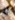
له